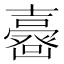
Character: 𡕉